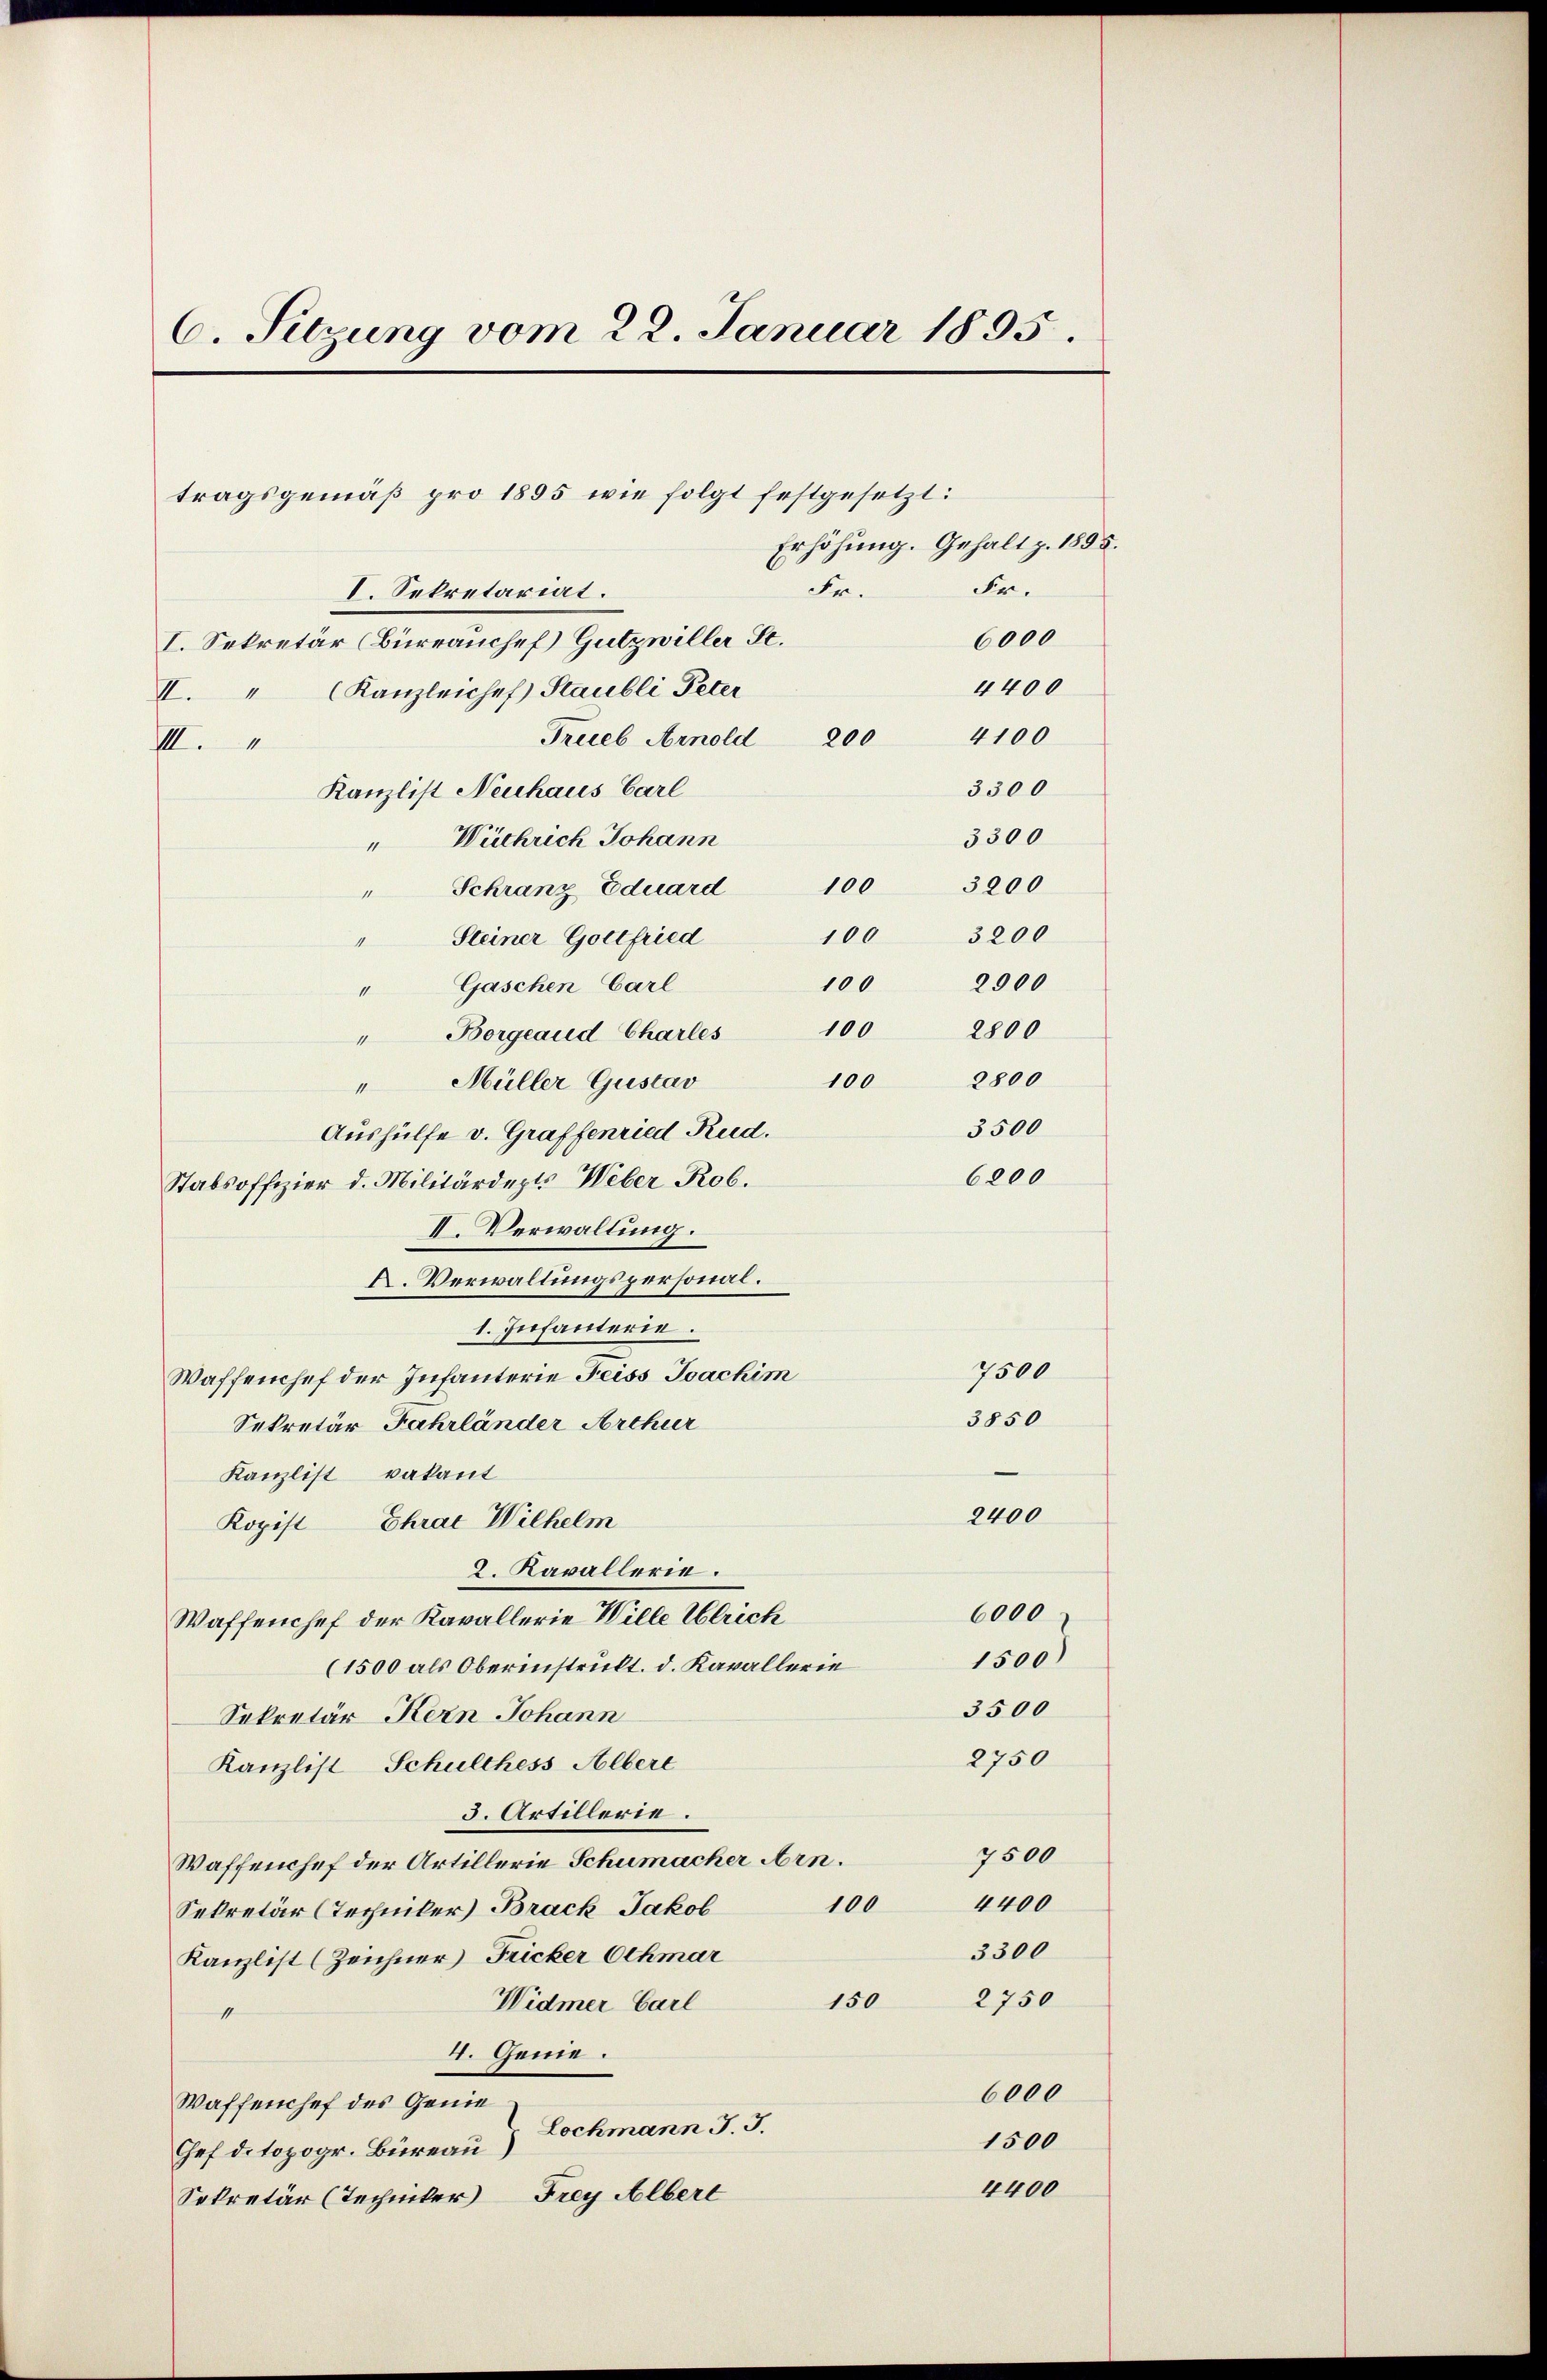
6. Sitzung vom 22. Januar 1895.

tragsgemäß pro 1895 wie folgt festgesetzt:
I. Sekretariat.
I. Sekretär (Bürrauchef Gutzwiller Se.
4400
II. " (Kanzleichef Staubli Peter
4100
Trieb Arnold 200
III.
3300
Kanzlist Neuhaus Carl
3300
"Wüchrich Johann
100
3200
Schranz Eduard
11
3200
100
Steiner Gottfried
100 2900
"Gaschen Carl
100
2800
" Borgeaud Charles
100 2800
Müller Gustav
11
3500
Aushülfe v. Graffenried Rud.
6200
Stabsoffizier d. Militärdepts Weber Rob.
II. Verwaltung.
K. Verwaltungspersonal.
1. Infanterie.
7500
Waffenchef der Infanterie Feiss Joachim
3850
Sekretär Fahrländer Arthur
Kanzlist vakant
2400
Kopist Ehrae Wilhelm
2. Kavallerie.
6000
Waffenchef der Kavallerie Wille Ulrich
1500)
(1500 als Oberinstrukt. d. Kavallerie
3500
Sekretär Kern Johann
2750
Kanzlist Schulthess Albere
3. Artillerie.
7500
Waffenchef der Artillerie Schumacher Arn.
4400
100
Sekretär (Techniker Brack Jakob
3300
Kanzlist (Zeichner Fricker Othmar
2750
150
Widmer Carl
1
4. Genie.
6000
Waffenchef des Genie
Lochmann J. J.
1500
Chef ditopogr. Büreau
4400
Sekretär (Techniker Frey Albert

Erhöhung. Gehalt z. 1895.
Fr.
Fr.

6000